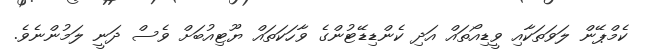
ކެމްޕޭން ލަވަތަކާއި ވީޑިއޯތައް އަދި ކެންޑިޑޭޓުންގެ ވާހަކަތައް ޔޫޓިއުބަށް ވެސް ދަނީ ލަމުންނެވެ.